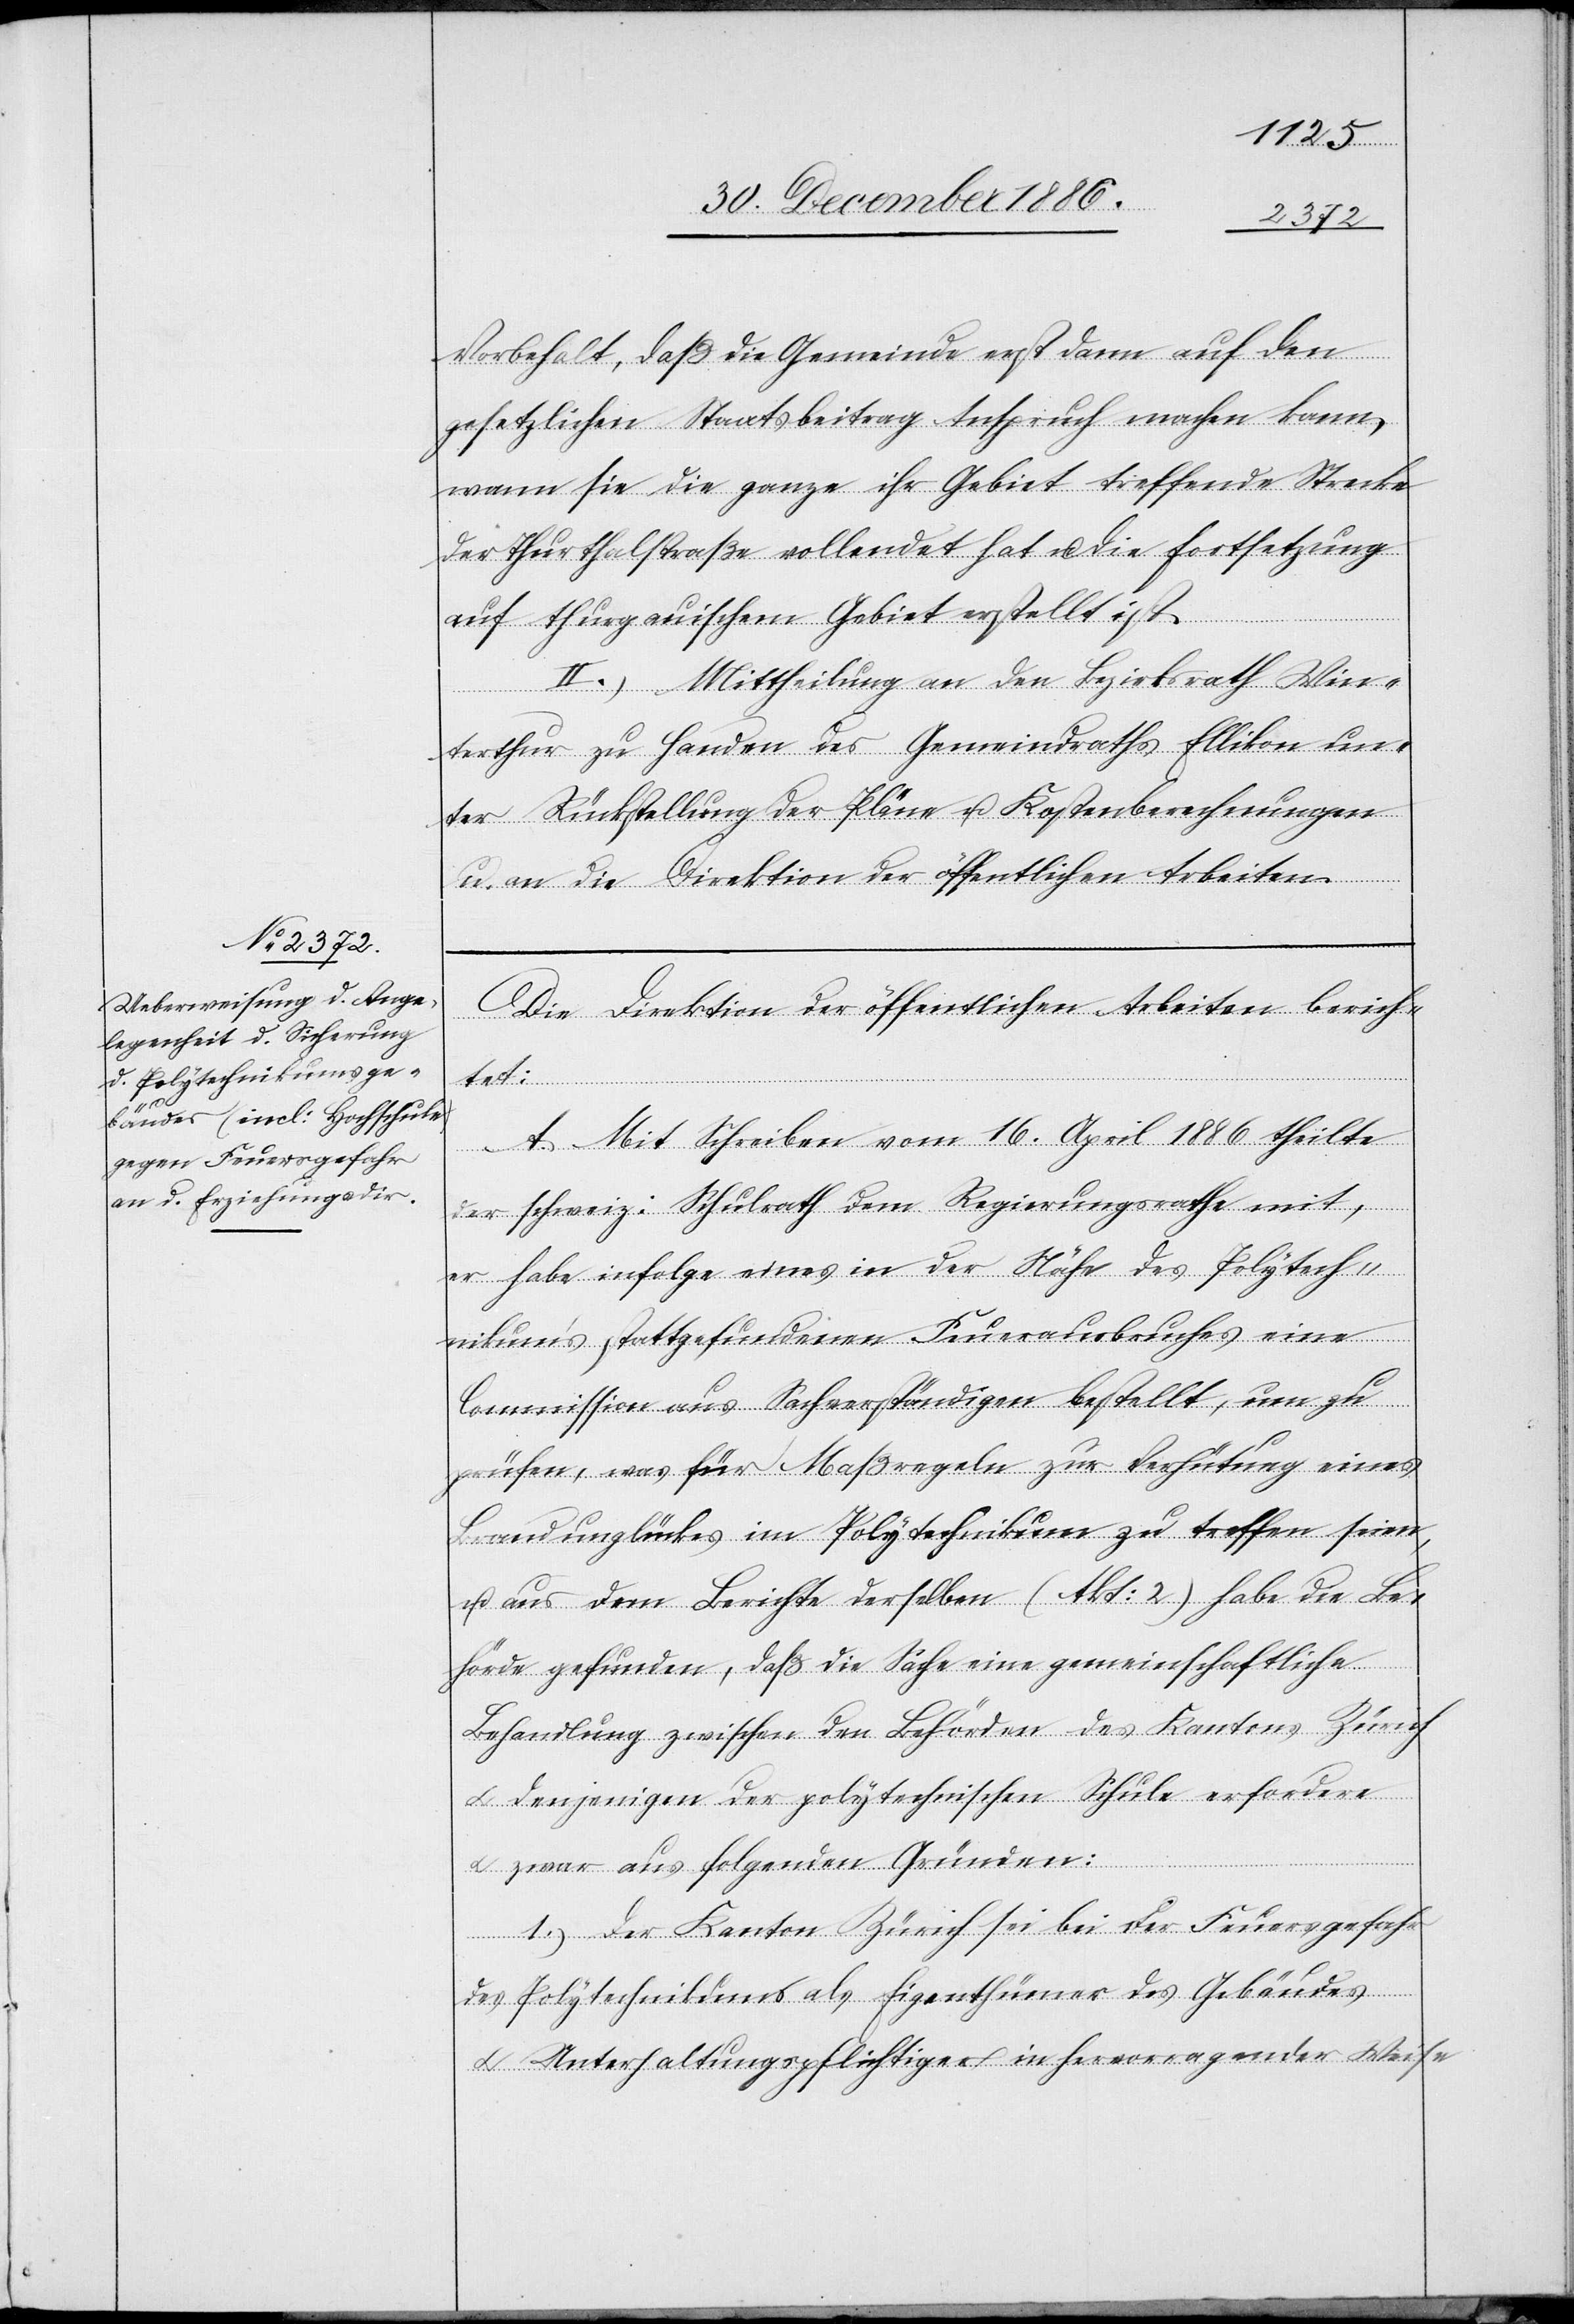
Vorbehalt, daß die Gemeinde erst dann auf den
gesetzlichen Staatsbeitrag Anspruch machen kann,
wann sie die ganze ihr Gebiet treffende Strecke
der Thurthalstraße vollendet hat u. die Fortsetzung
auf thurgauischem Gebiet erstellt ist.
2.) Mittheilung an den Bezirksrath Win¬
terthur zu Handen des Gemeindrathes Ellikon un¬
ter Rückstellung der Pläne u. Kostenberechnungen
u. an die Direktion der öffentlichen Arbeiten.
Die Direktion der öffentlichen Arbeiten berich¬
tet:
A. Mit Schreiben vom 16. April 1886 theilte
der schweiz: Schulrath dem Regierungsrathe mit,
er habe infolge eines in der Nähe des Polytech¬
nikum’s stattgefundenen Feuerausbruches eine
Commission aus Sachverständigen bestellt, um zu
prüfen, was für Maßregeln zur Verhütung eines
Brandunglückes im Polytechnikum zu treffen seien,
u. aus dem Berichte derselben (Akt: 2) habe die Be¬
hörde gefunden, daß die Sache eine gemeinschaftliche
Behandlung zwischen den Behörden des Kantons Zürich
& denjenigen der polytechnischen Schule erfordere
& zwar aus folgenden Gründen:
1.) Der Kanton Zürich sei bei der Feuersgefahr
des Polytechnikums als Eigenthümer des Gebäudes
& Unterhaltungspflichtger in hervorragender Weis-